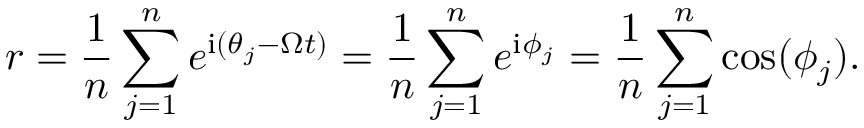
r = \frac { 1 } { n } \sum _ { j = 1 } ^ { n } e ^ { \mathrm { i } ( \theta _ { j } - \Omega t ) } = \frac { 1 } { n } \sum _ { j = 1 } ^ { n } e ^ { \mathrm { i } \phi _ { j } } = \frac { 1 } { n } \sum _ { j = 1 } ^ { n } \cos ( \phi _ { j } ) .